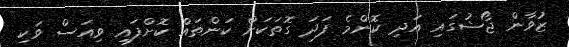
ޒުވާން ޖޯޝުގައި އަދި ކޮންމެ ފަދަ ގޮތަކަށް ކަންތައް ކޮށްފައި ވިއަސް ވަކި